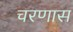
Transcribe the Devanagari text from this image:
चरणास